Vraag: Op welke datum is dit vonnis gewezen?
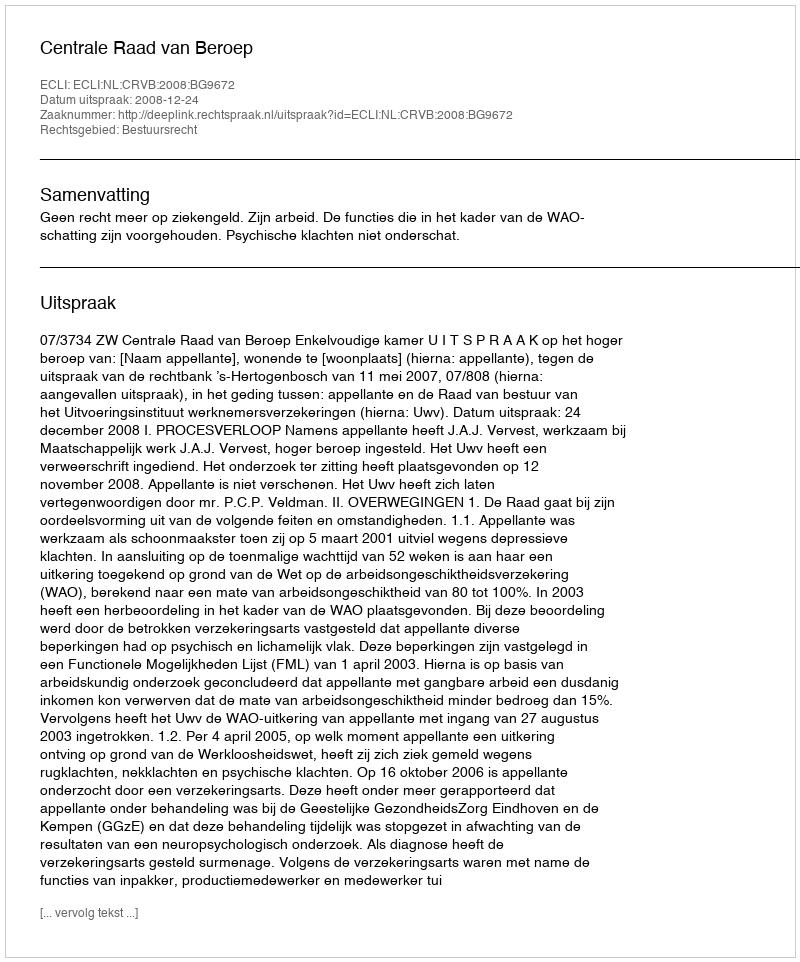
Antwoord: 2008-12-24